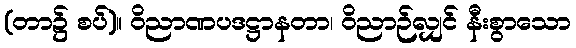
(တာ၌ စပ်)။ ဝိညာဏပဒဋ္ဌာနတာ၊ ဝိညာဉ်လျှင် နီးစွာသော